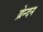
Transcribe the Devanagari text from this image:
ब्रेन्दन